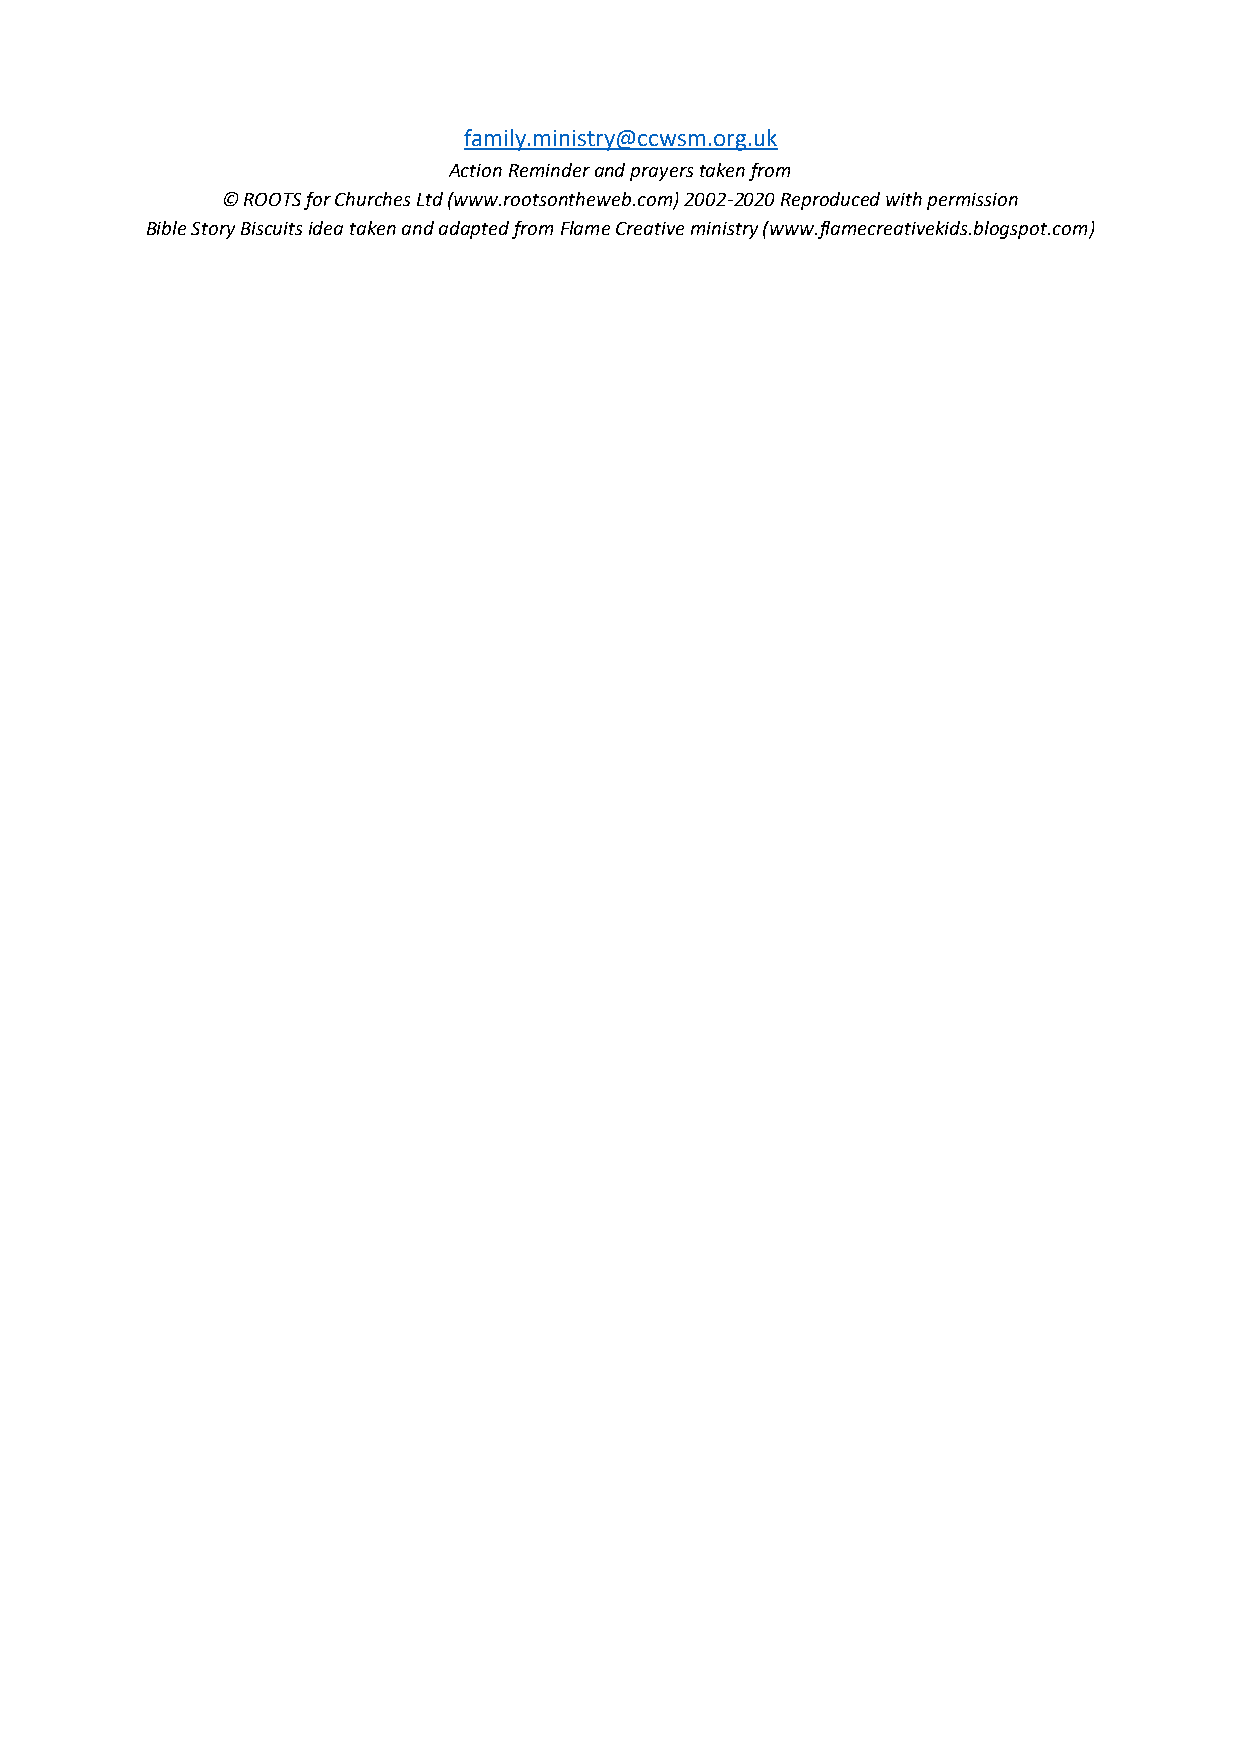
family.ministry@ccwsm.org.uk
 Action Reminder and prayers taken from
 © ROOTS for Churches Ltd (www.rootsontheweb.com) 2002-2020 Reproduced with permission
 Bible Story Biscuits idea taken and adapted from Flame Creative ministry (www.flamecreativekids.blogspot.com)